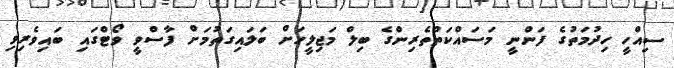
ސިއްހީ ހިދުމަތުގެ ފަންނީ މަސައްކަތްތެރިންގެ ބިލް މަޖިލީހަށް ބަލައިގަތުމަށް ފާސްވީ ވޯޓްގައި ބައިވެރިވި